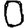
Digit: 0